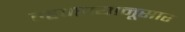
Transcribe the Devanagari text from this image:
म्हणण्यानूसार